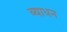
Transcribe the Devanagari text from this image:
व्याधन